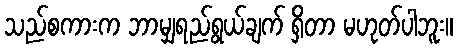
သည်စကားက ဘာမျှရည်ရွယ်ချက် ရှိတာ မဟုတ်ပါဘူး။